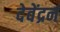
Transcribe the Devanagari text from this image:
देवेंद्रनं